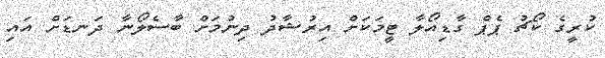
ކުރީގެ ކޯޗު ޕެޕް ގާޑިއޯލާ ޓީމަކަށް އިރުޝާދު ދިނުމަށް ބާސެލޯނާ ދަނޑަށް އައި